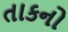
તાકનો